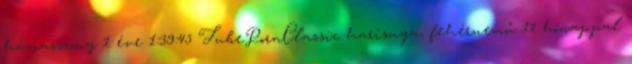
háziasszony 1 éve 1:39:45 TubePornClassic harisnya, fehérnemű 11 hónappal